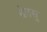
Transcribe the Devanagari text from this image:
वेतसु